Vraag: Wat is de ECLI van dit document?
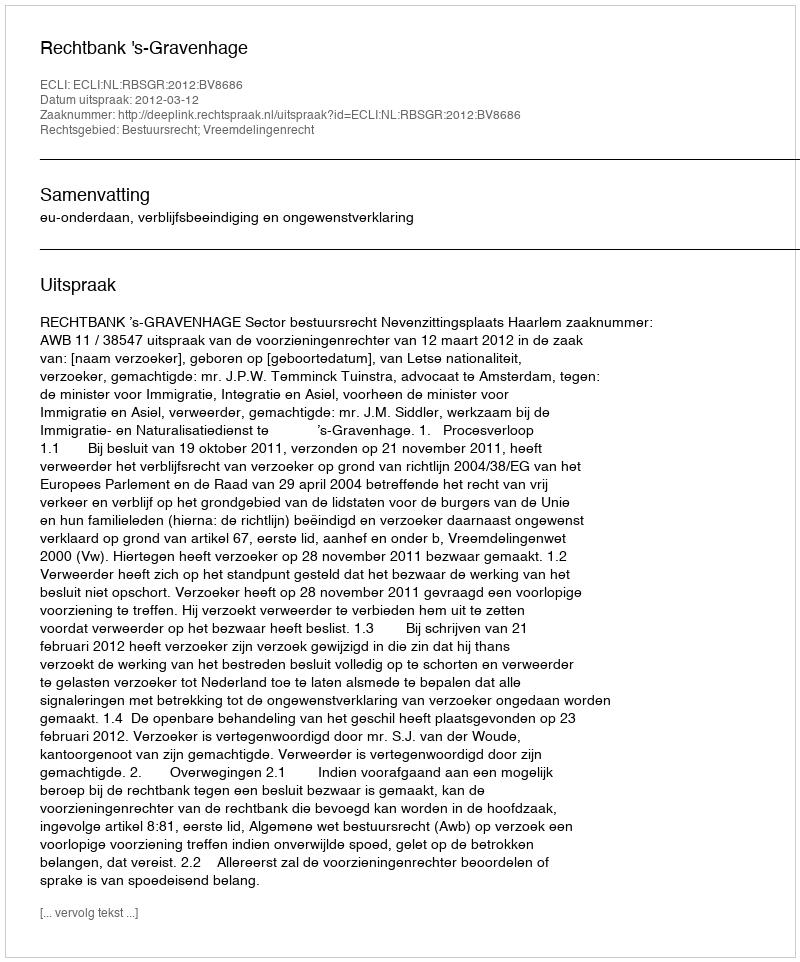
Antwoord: ECLI:NL:RBSGR:2012:BV8686